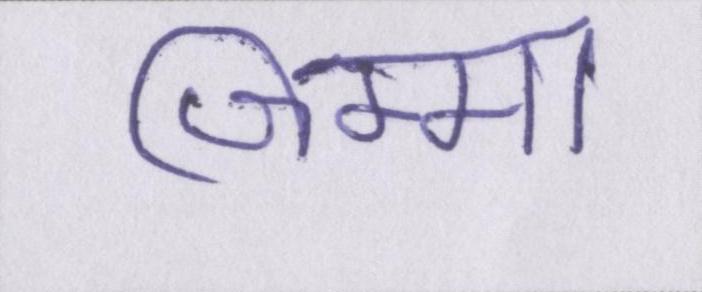
जिम्मा